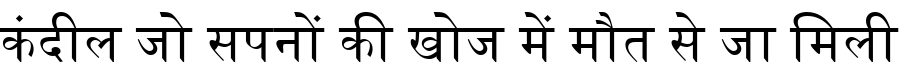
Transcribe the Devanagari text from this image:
कंदील जो सपनों की खोज में मौत से जा मिली